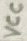
Text: VCC